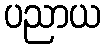
ပညာယ